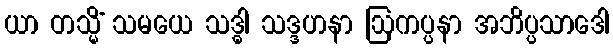
ယာ တသ္မိံ သမယေ သဒ္ဓါ သဒ္ဒဟနာ ဩကပ္ပနာ အဘိပ္ပသာဒေါ